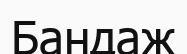
Бандаж